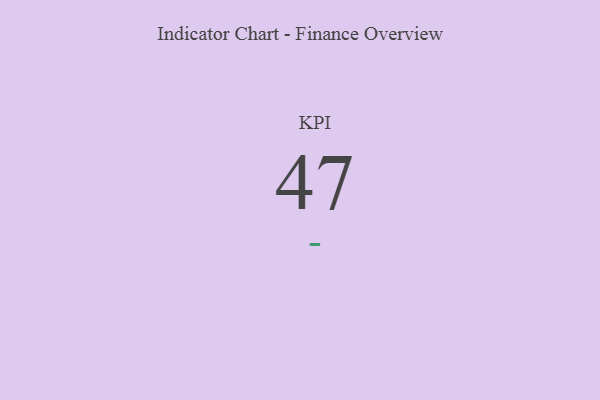
{"axis": {"x": "KPI", "y": "Value"}, "legend": [""], "data": [{"x": "KPI", "y": 47, "type": ""}]}